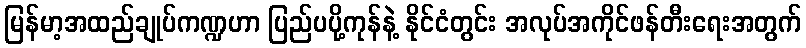
မြန်မာ့အထည်ချုပ်ကဏ္ဍဟာ ပြည်ပပို့ကုန်နဲ့ နိုင်ငံတွင်း အလုပ်အကိုင်ဖန်တီးရေးအတွက်